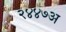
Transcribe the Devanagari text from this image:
२४४७अ